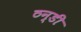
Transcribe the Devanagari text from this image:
ठन्डी